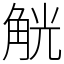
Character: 觥